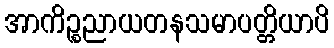
အာကိဉ္စညာယတနသမာပတ္တိယာပိ